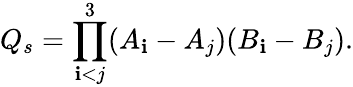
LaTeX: Q_{s}=\prod_{\mathbf{i}<j}^{3}(A_{\mathbf{i}}-A_{j})(B_{\mathbf{i}}-B_{j}).